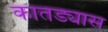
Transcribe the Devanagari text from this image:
कातड्यास